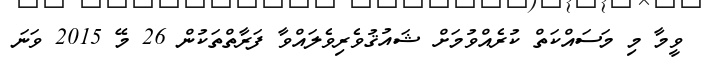
ވީމާ މި މަސައްކަތް ކުރެއްވުމަށް ޝައުޤުވެރިވެލައްވާ ފަރާތްތަކުން 26 މޭ 2015 ވަނަ